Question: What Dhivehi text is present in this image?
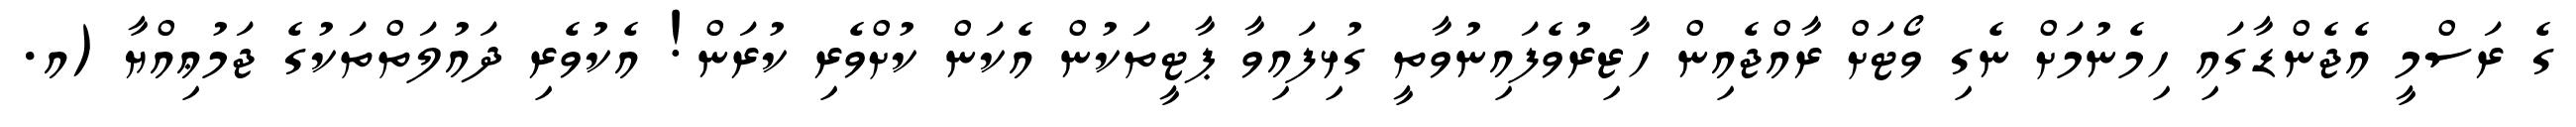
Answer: ގެ ރަސްމީ އެޖެންޑާގައި ހިމެނުމަށް ނެގި ވޯޓަށް ރާއްޖެއިން ހާޒިރުވެފައިނުވާތީ ގުޅިފައިވާ ޕާޓީތަކުން އެކަން ކުށްވެރި ކުރަން! އެކުވެރި ދައުލަތްތަކުގެ ޖަމުޢިއްޔާ (އ.